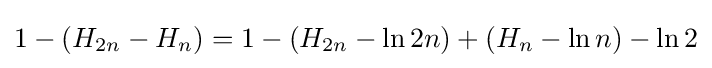
1-(H_{2n}-H_{n})=1-(H_{2n}-\ln 2n)+(H_{n}-\ln n)-\ln 2